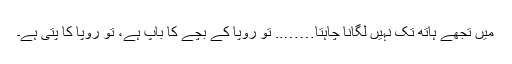
میں تجھے ہاتھ تک نہیں لگانا چاہتا…….. تو رُوپا کے بچے کا باپ ہے، تو رُوپا کا پتی ہے۔